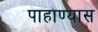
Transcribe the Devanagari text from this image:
पाहाण्यास